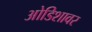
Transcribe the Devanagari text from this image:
ओडिशावर